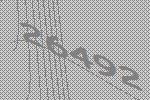
26492